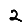
Digit: 2